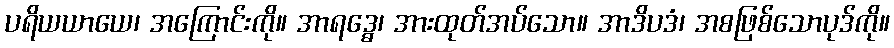
ပရိယယာယေ၊ အကြောင်းကို။ အာရဒ္ဓေ၊ အားထုတ်အပ်သော။ အာဒိပဒံ၊ အစဖြစ်သောပုဒ်ကို။